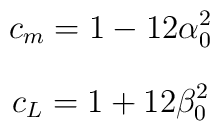
c_m = 1 - 12\alpha _0^2$$$$c_L = 1 + 12\beta _0^2